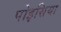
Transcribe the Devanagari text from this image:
पोइसिया